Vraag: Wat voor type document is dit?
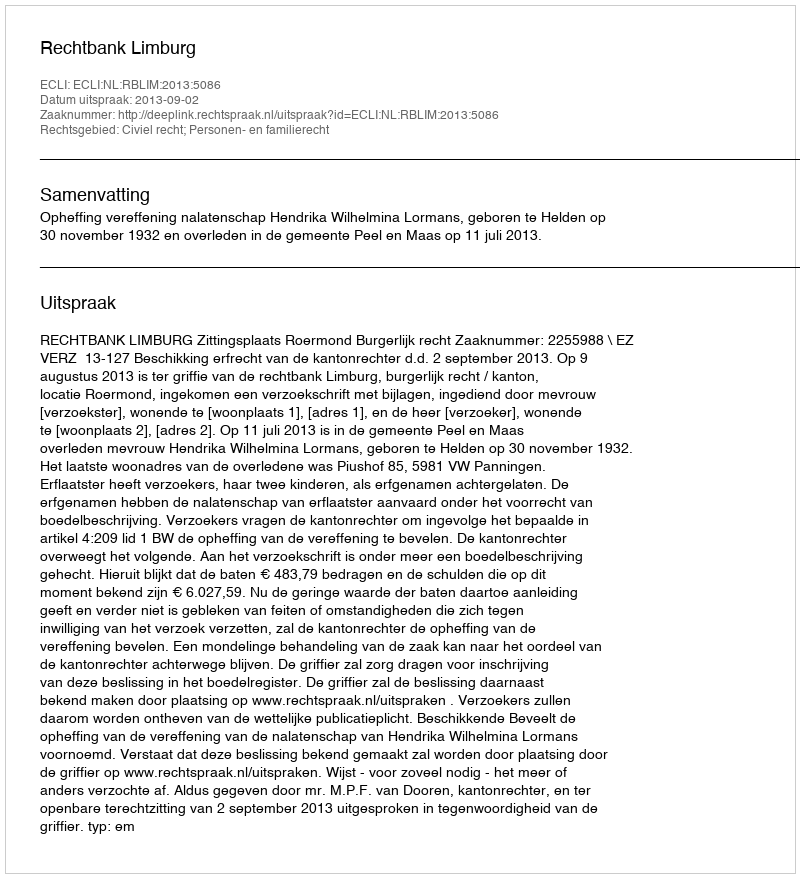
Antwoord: Uitspraak